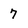
Character: 7